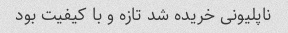
نا‌پلیونی خریده شد تازه و با کیفیت بود